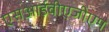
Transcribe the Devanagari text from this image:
एसआईवीएजीएम